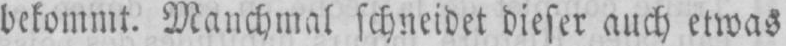
bekommt. Manchmal schneidet dieser auch etwas